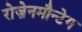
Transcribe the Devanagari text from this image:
रोज़ेनमौन्टेग